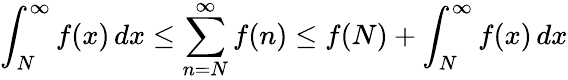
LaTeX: \int_{N}^{\infty}f(x)\, dx\leq\sum_{n=N}^{\infty}f(n)\leq f(N)+\int_{N}^{\infty}f(x)\, dx